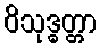
ဝိသုဒ္ဓတ္တာ